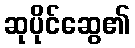
ဆုပိုင်ဆွေ၏